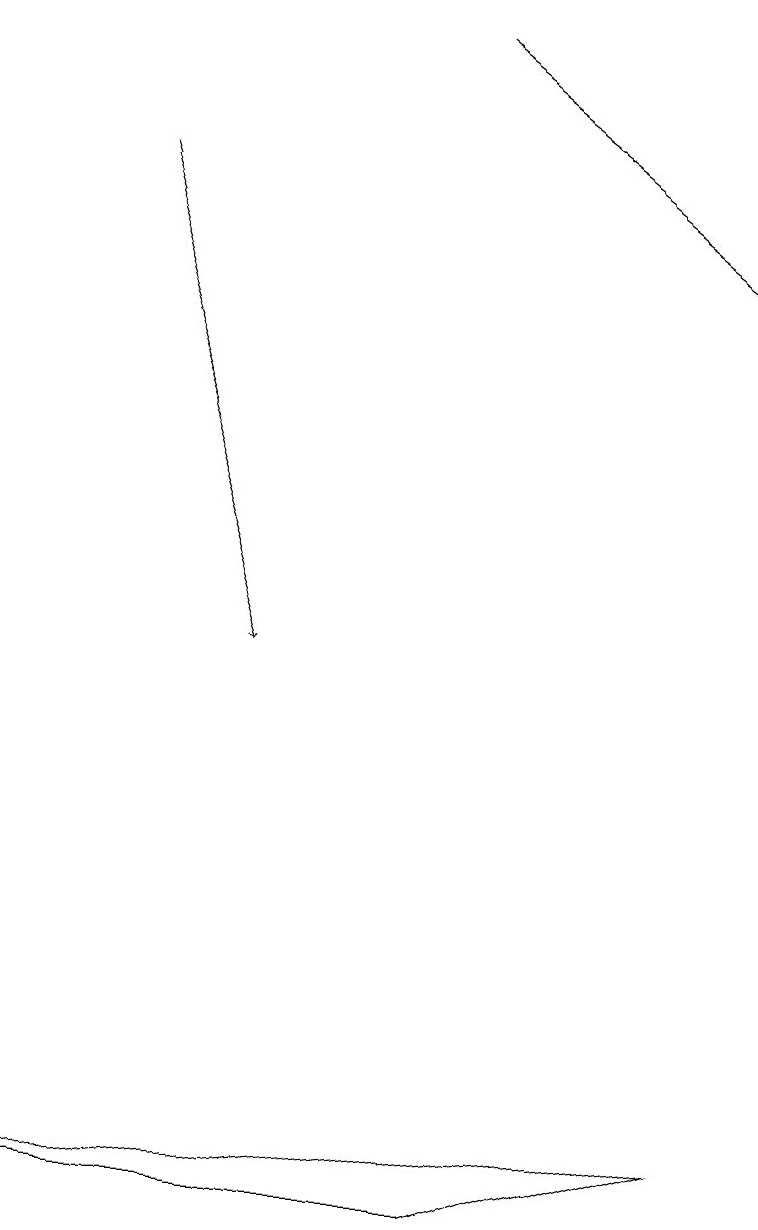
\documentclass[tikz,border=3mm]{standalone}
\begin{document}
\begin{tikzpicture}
\draw (9,4) -- (0,3) -- (6,3) -- cycle;
\draw[->] (5,18) -- (9,15);
\draw[->] (1,16) -- (3,10);
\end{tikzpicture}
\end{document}